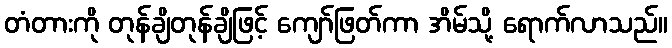
တံတားကို တုန်ချိတုန်ချိဖြင့် ကျော်ဖြတ်ကာ အိမ်သို့ ရောက်လာသည်။